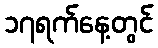
၁၇ရက်နေ့တွင်